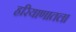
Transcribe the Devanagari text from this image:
हरियाणातला